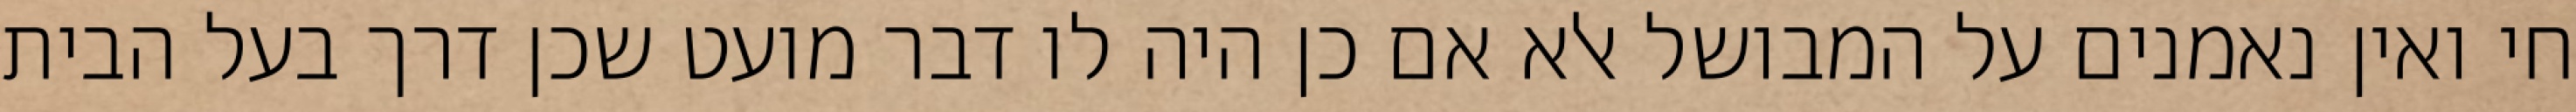
חי ואין נאמנים על המבושל אלא אם כן היה לו דבר מועט שכן דרך בעל הבית